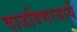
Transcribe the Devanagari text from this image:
वाजविणाऱ्याचे